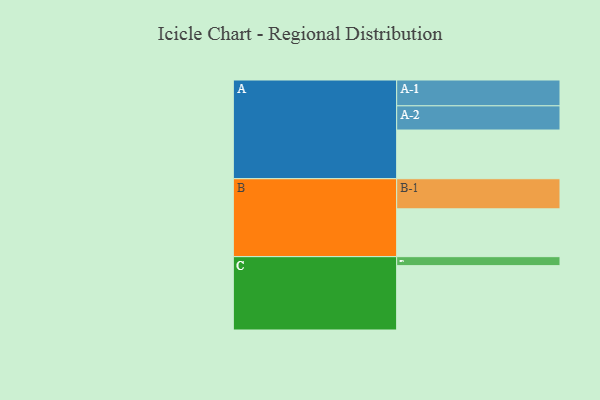
{"axis": {"x": "Segment", "y": "Value"}, "legend": ["", "A", "B", "C"], "data": [{"x": "A", "y": 445, "type": ""}, {"x": "B", "y": 437, "type": ""}, {"x": "C", "y": 588, "type": ""}, {"x": "A-1", "y": 236, "type": "A"}, {"x": "A-2", "y": 221, "type": "A"}, {"x": "B-1", "y": 275, "type": "B"}, {"x": "C-1", "y": 82, "type": "C"}]}